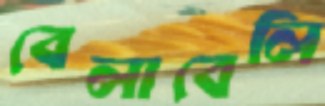
বেলাবেলি